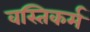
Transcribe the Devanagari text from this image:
वस्तिकर्म